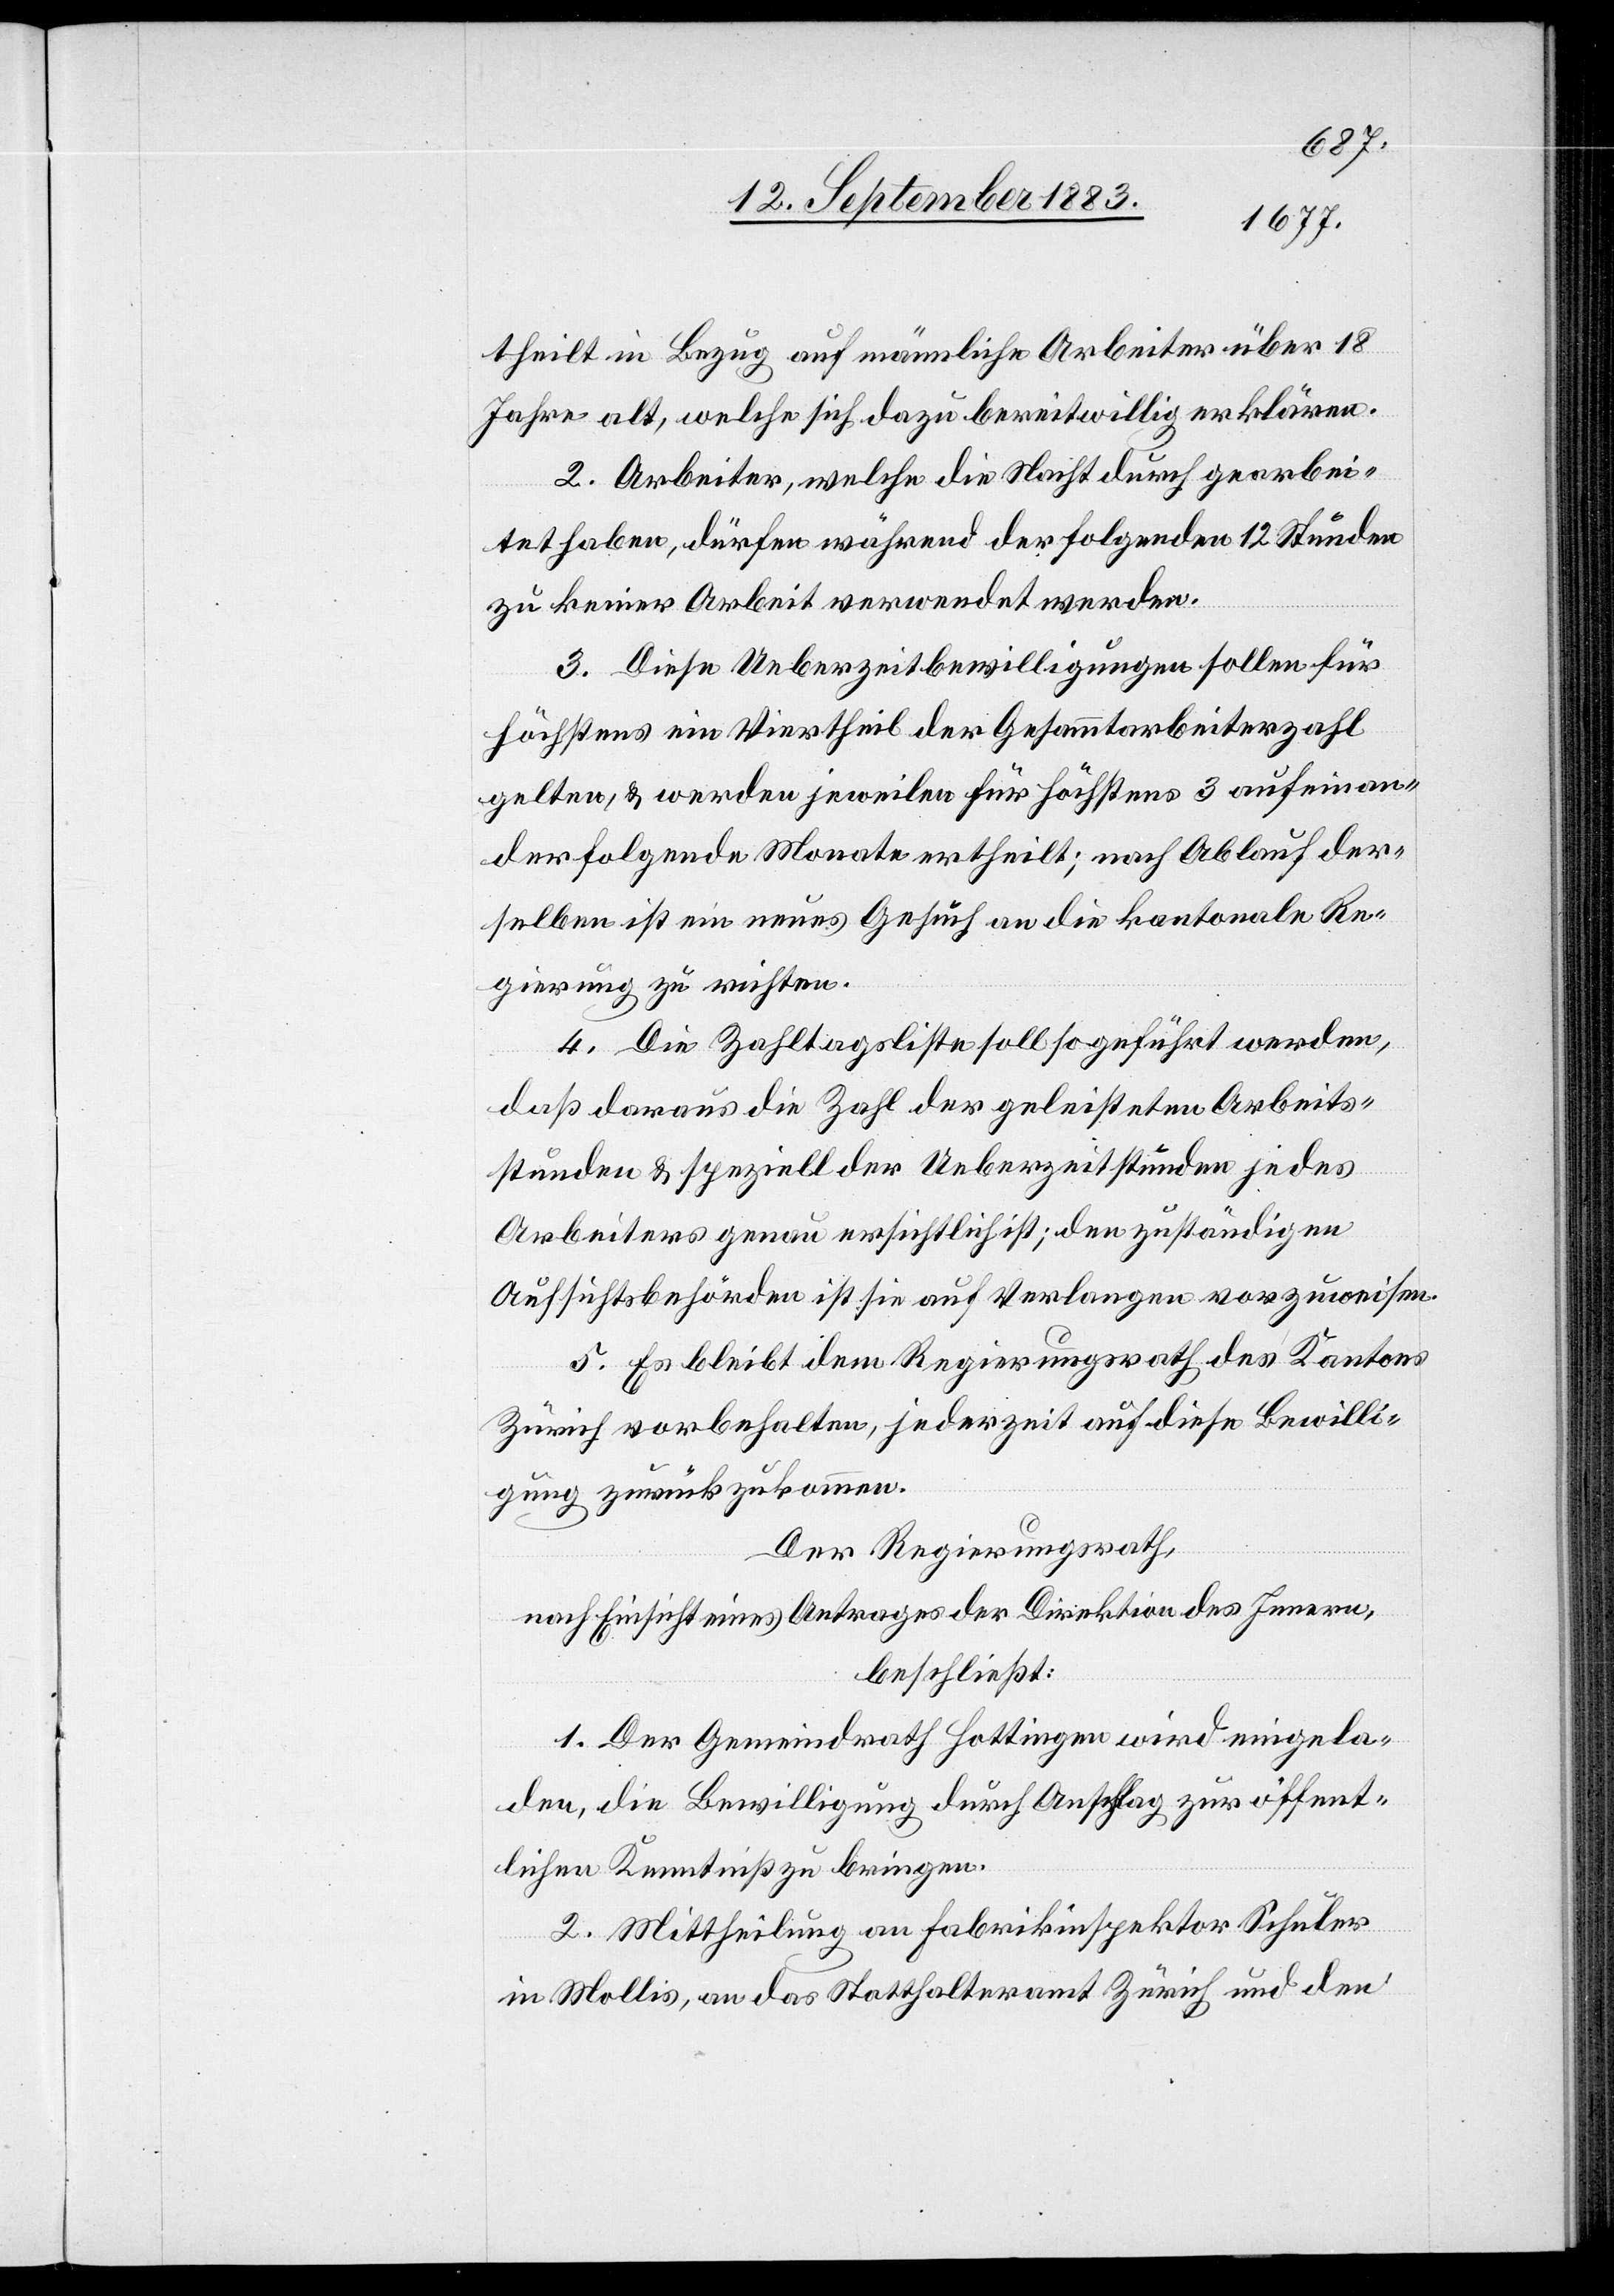
theilt im Bezug auf nämliche Arbeiter über 18
Jahre alt, welche sich dazu bereitwillig erklären.
2. Arbeiter, welche die Nacht durch gearbei¬
tet haben, dürfen während der folgenden 12 Stunden
zu keiner Arbeit verwendet werden.
3. Diese Ueberzeitbewilligungen sollen für
höchstens ein Viertheil der Gesammtarbeiterzahl
gelten, & werden jeweilen für höchstens 3 aufeinan¬
derfolgende Monate ertheilt; nach Ablauf der¬
selben ist ein neues Gesuch an die kantonale Re¬
gierung zu richten.
4. Die Zahltagsliste soll so geführt werden,
daß daraus die Zahl der geleisteten Arbeits¬
stunden & speziell der Ueberzeitstunden jedes
Arbeiters genau ersichtlich ist; den zuständigen
Aufsichtsbehörden ist sie auf Verlangen vorzuweisen.
5. Es bleibt dem Regierungsrath des Kantons
Zürich vorbehalten, jederzeit auf diese Bewilli¬
gung zurückzukommen.
Der Regierungsrath,
nach Einsicht eines Antrages der Direktion des Innern,
beschließt:
1. Der Gemeindrath Hottingen wird eingela¬
den, die Bewilligung durch Anschlag zur öffent¬
lichen Kenntniß zu bringen.
2. Mittheilung an Fabrikinspektor Schuler
in Mollis, an das Statthalteramt Zürich und den